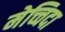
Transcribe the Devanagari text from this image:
मेच्चिदा